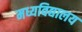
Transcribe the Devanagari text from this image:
मध्यविद्यालय